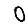
Digit: 0